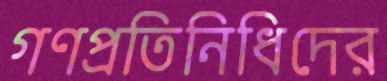
গণপ্রতিনিধিদের